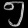
Digit: ၅